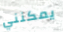
يمكنني